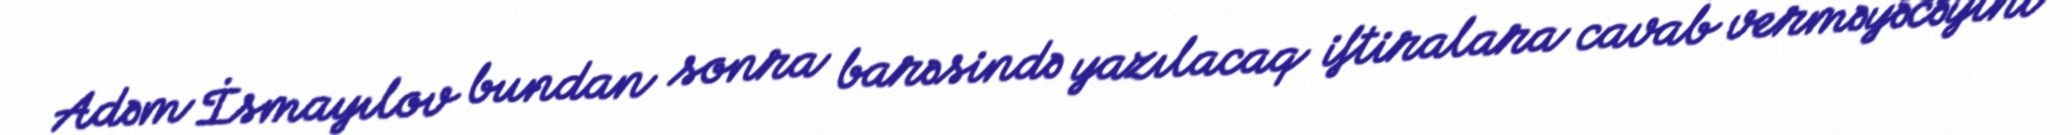
Adəm İsmayılov bundan sonra barəsində yazılacaq iftiralara cavab verməyəcəyini